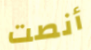
أنصت